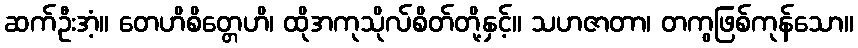
ဆက်ဦးအံ့။ တေဟိစိတ္တေဟိ၊ ထိုအကုသိုလ်စိတ်တို့နှင့်။ သဟဇာတာ၊ တကွဖြစ်ကုန်သော။